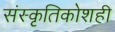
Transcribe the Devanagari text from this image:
संस्कृतिकोशही